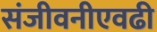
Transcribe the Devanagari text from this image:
संजीवनीएवढी